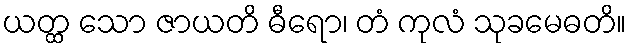
ယတ္ထ သော ဇာယတိ ဓီရော၊ တံ ကုလံ သုခမေဓတိ။